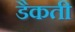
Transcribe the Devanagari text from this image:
डैकती